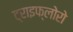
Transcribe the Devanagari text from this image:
ट्राइफ्लोरो